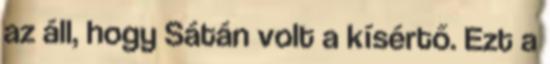
az áll, hogy Sátán volt a kísértő. Ezt a